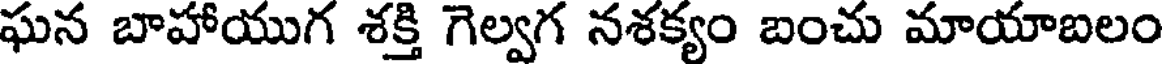
ఘన బాహాయుగ శక్తి గెల్వగ నశక్యం బంచు మాయాబలం